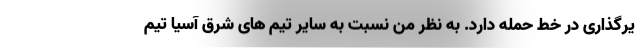
یرگذاری در خط حمله دارد. به نظر من نسبت به سایر تیم های شرق آسیا تیم